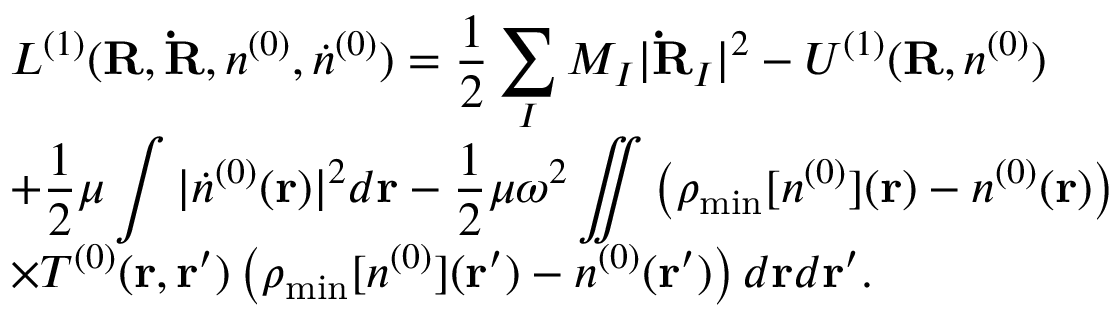
\begin{array} { l } { { \displaystyle { \cal L } ^ { ( 1 ) } ( { \bf R , \dot { R } } , n ^ { ( 0 ) } , { \dot { n } ^ { ( 0 ) } } ) = \frac { 1 } { 2 } \sum _ { I } M _ { I } \vert { \bf \dot { R } } _ { I } \vert ^ { 2 } - { \cal U } ^ { ( 1 ) } ( { \bf R } , n ^ { ( 0 ) } ) } \ ~ } \\ { { \displaystyle + \frac { 1 } { 2 } \mu \int \vert { \dot { n } } ^ { ( 0 ) } ( { \bf r } ) \vert ^ { 2 } d { \bf r } - \frac { 1 } { 2 } \mu \omega ^ { 2 } \iint \left( \rho _ { \mathrm { m i n } } [ n ^ { ( 0 ) } ] ( { \bf r } ) - n ^ { ( 0 ) } ( { \bf r } ) \right) } \ ~ } \\ { { \displaystyle \times T ^ { ( 0 ) } ( { \bf r , r ^ { \prime } } ) \left( \rho _ { \mathrm { m i n } } [ n ^ { ( 0 ) } ] ( { \bf r ^ { \prime } } ) - n ^ { ( 0 ) } ( { \bf r ^ { \prime } } ) \right) d { \bf r } d { \bf r ^ { \prime } } } . } \end{array}